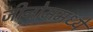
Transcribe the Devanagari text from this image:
जीनोममध्ये